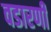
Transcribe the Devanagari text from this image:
वडारणी